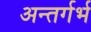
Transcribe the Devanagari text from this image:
अन्तर्गर्भ